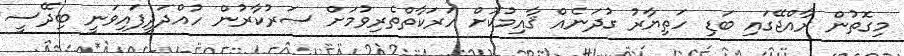
މިގޮތުން ރާއްޖޭގައި ބަޑި ހަތިޔާރު ގުދަނެއް ޤާއިމުކޮށް ހަރަކާތްތެރިވުމަށް ސަރުކާރުން ހުއްދަދީފައިވަނީ ބިދޭސީ